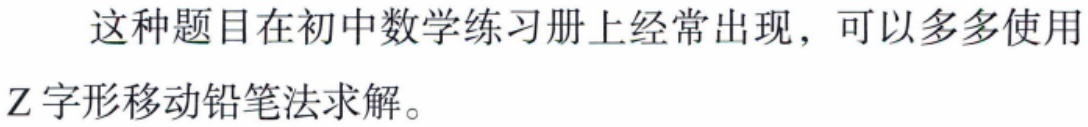
这种题目在初中数学练习册上经常出现，可以多多使用Z字形移动铅笔法求解。